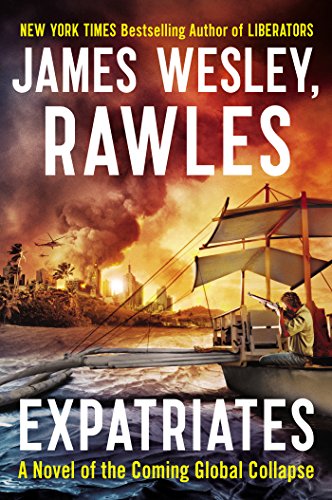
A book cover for Expatriates: A Novel of the Coming Global Collapse; James Wesley Rawles; Mystery, Thriller & Suspense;